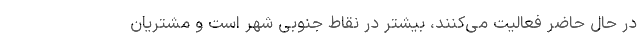
در حال حاضر فعالیت می‌کنند، بیشتر در نقاط جنوبی شهر است و مشتریان